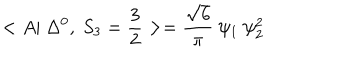
LaTeX: < A | ~ \Delta ^ { 0 } , ~ S _ { 3 } = \frac { 3 } { 2 } > = \frac { \sqrt { 6 } } { \pi } ~ \psi _ { 1 } ~ \psi _ { 2 } ^ { 2 }